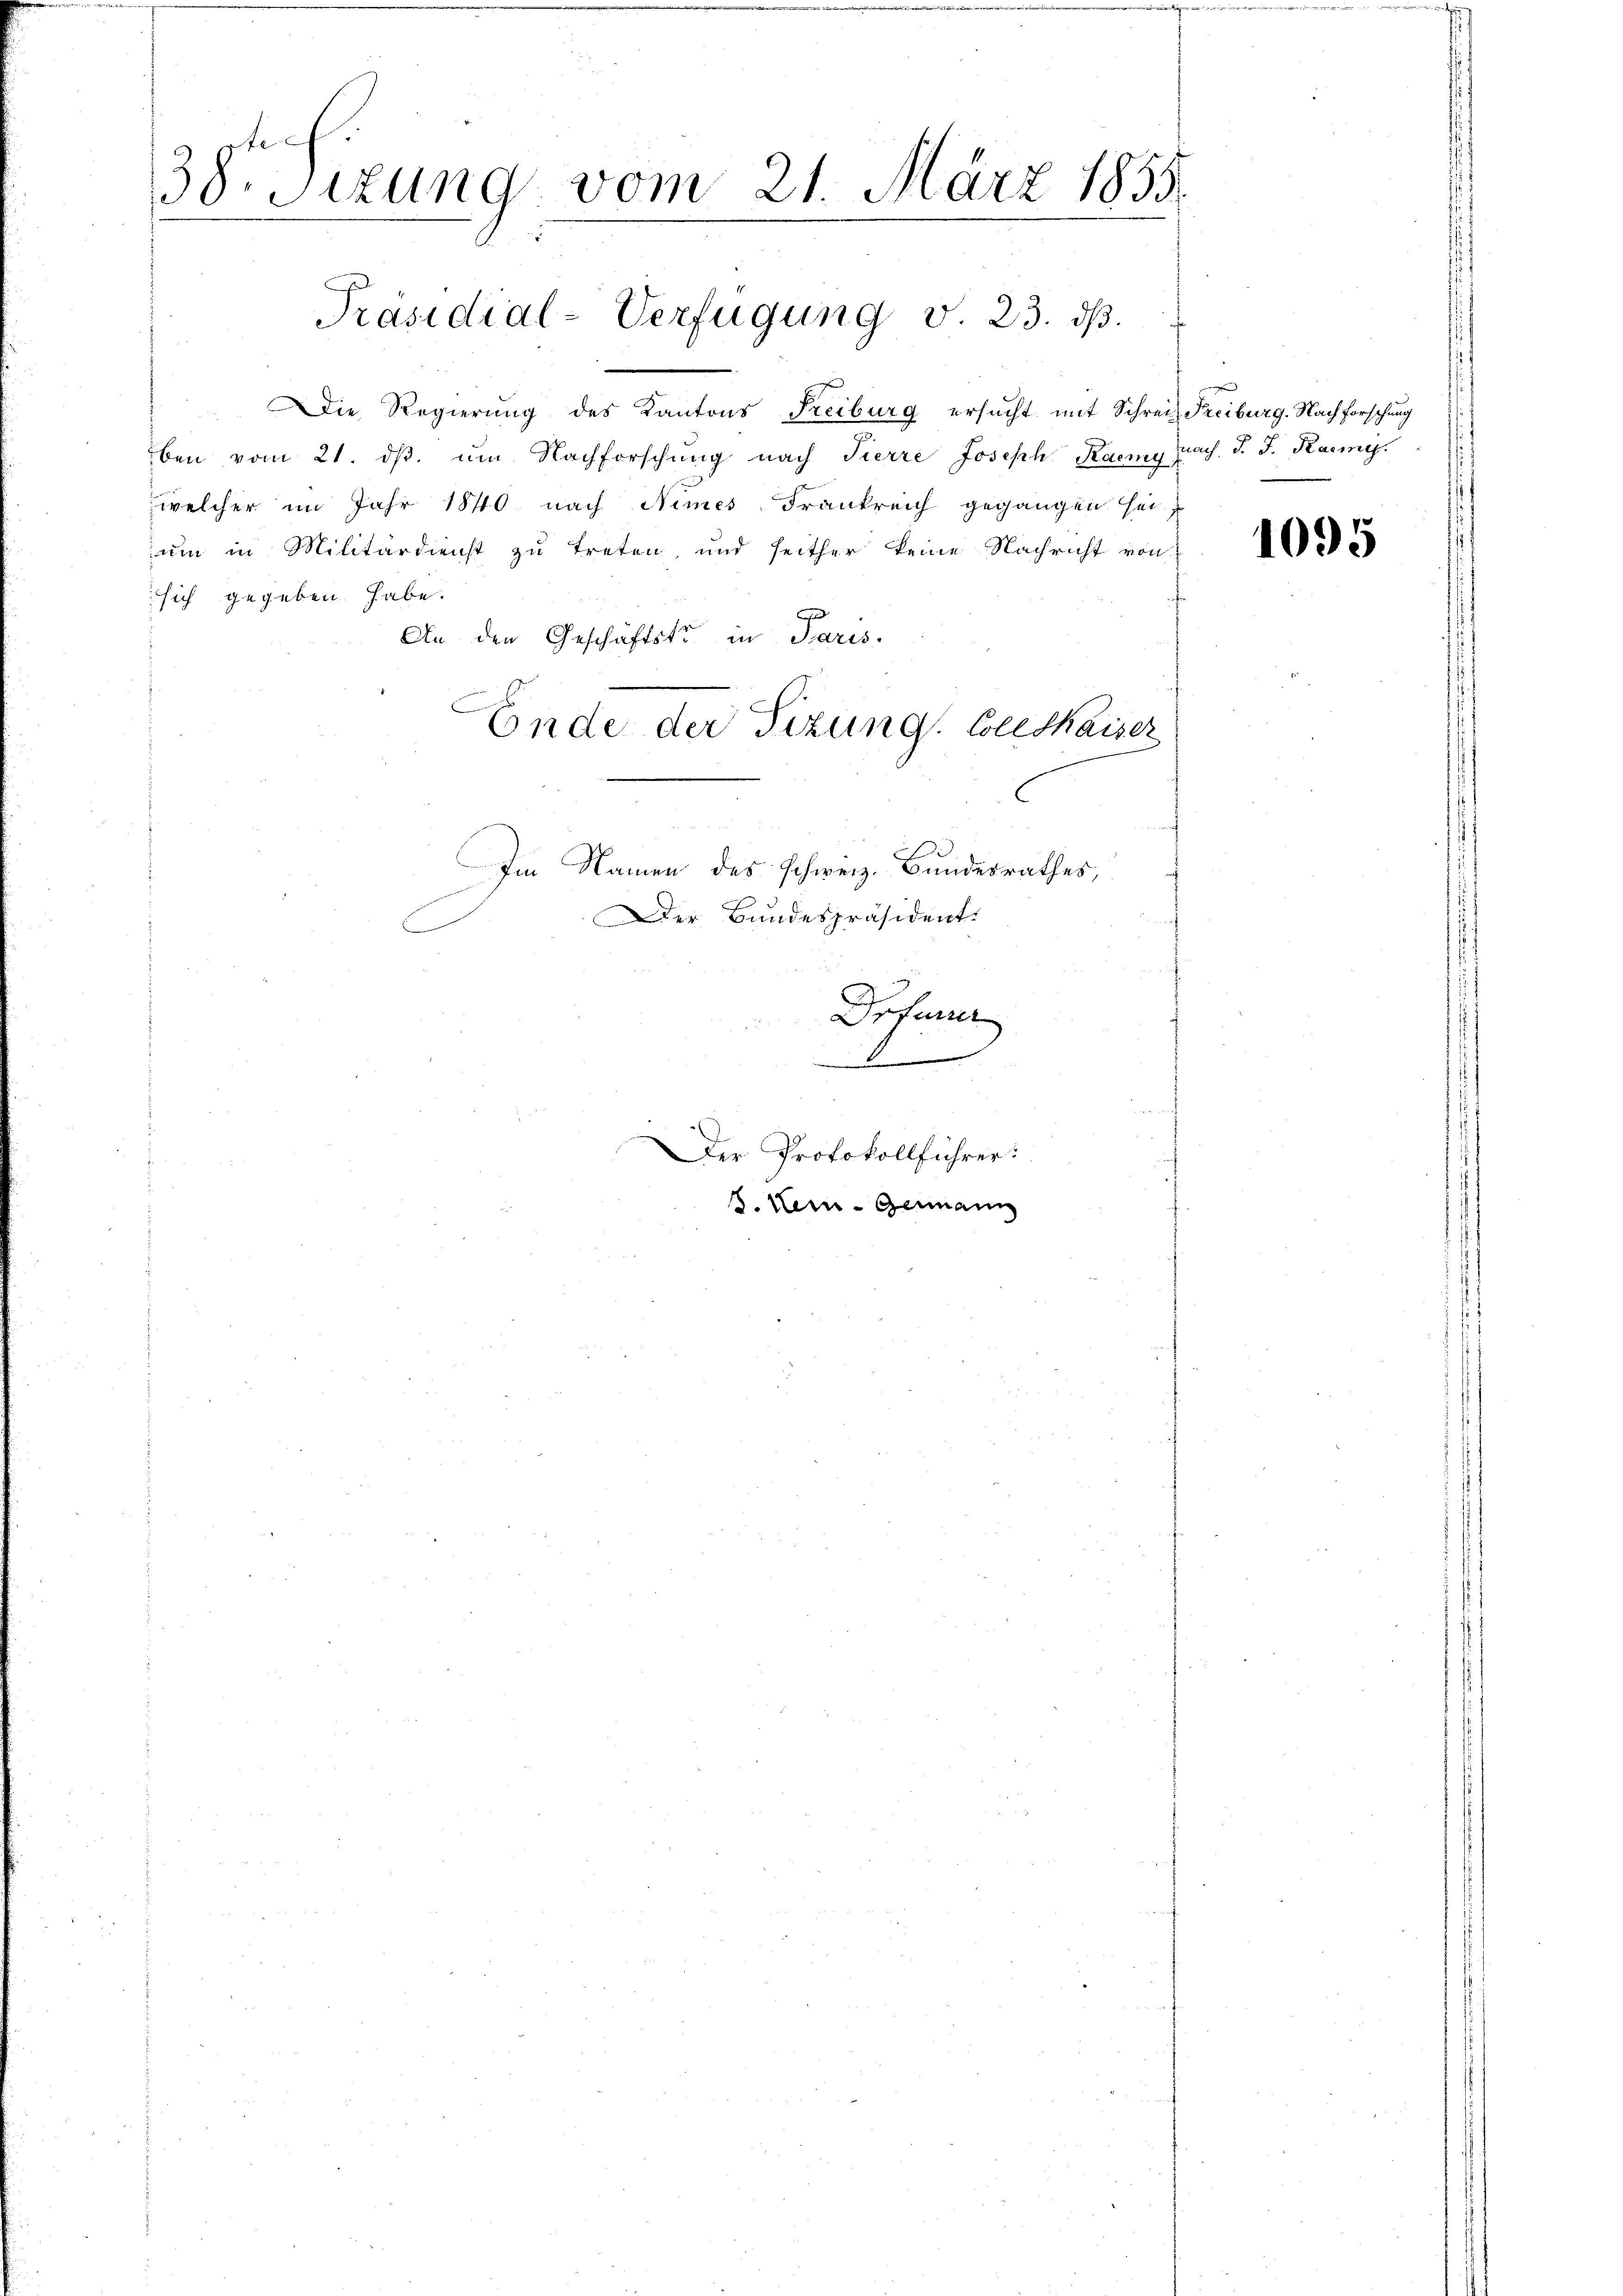
38. Sizung vom 21. März 1855.
.

Präsidial-Verfügung v. 23. ds.

Die Regierung des Kantons Freiburg ersucht mit Schreiz Freiburg. Nachforschung
ben vom 21. ds. um Nachforschung nach Tierre Joseph Raemy nach. d. J. Kaemy
welcher im Jahr 1840 nach Nimes Frankreich gegangen sei,
um in Militärdienst zu treten, und seither keine Nachricht von
sich gegeben habe.
An den Geschäftstr in Paris.
Ende der Tizung. Colldkaiser
Im Namen des Schweiz. Bundesrathes,
Der Bundespräsident.

Drfun

Der Protokollführer:
B. Kei-Germann

1095